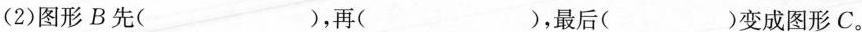
(2)图形B先( )，再( )，最后( )变成图形C。